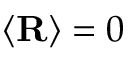
\langle \mathbf { R } \rangle = 0